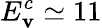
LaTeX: E_{\mathbf{v}}^{c}\simeq11